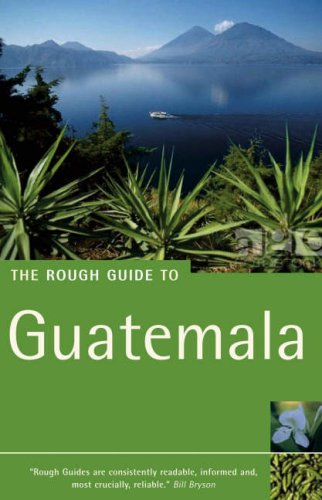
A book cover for The Rough Guide to Guatemala 3 (Rough Guide Travel Guides); Iain Stewart; Travel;